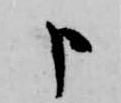
申